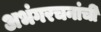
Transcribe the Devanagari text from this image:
अभंगरचनांची